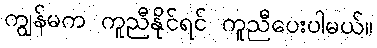
ကျွန်မက ကူညီနိုင်ရင် ကူညီပေးပါမယ်။